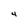
Character: 4